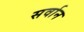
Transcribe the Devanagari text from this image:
सर्वान